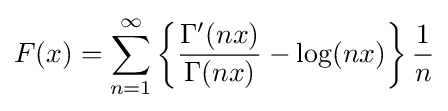
F(x)=\sum _{n=1}^{\infty }\left\{{\frac {\Gamma ^{\prime }(nx)}{\Gamma (nx)}}-\log(nx)\right\}{\frac {1}{n}}